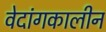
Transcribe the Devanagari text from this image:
वेदांगकालीन